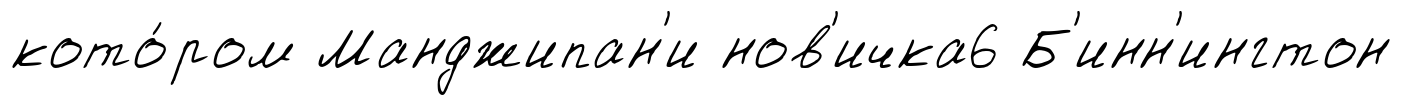
кото́ром Манджипан'и нов'ичка6 Б'инн'ингтон